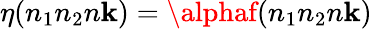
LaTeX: \eta(n_{1}n_{2}n\mathbf{k})=\alphaf(n_{1}n_{2}n\mathbf{k})